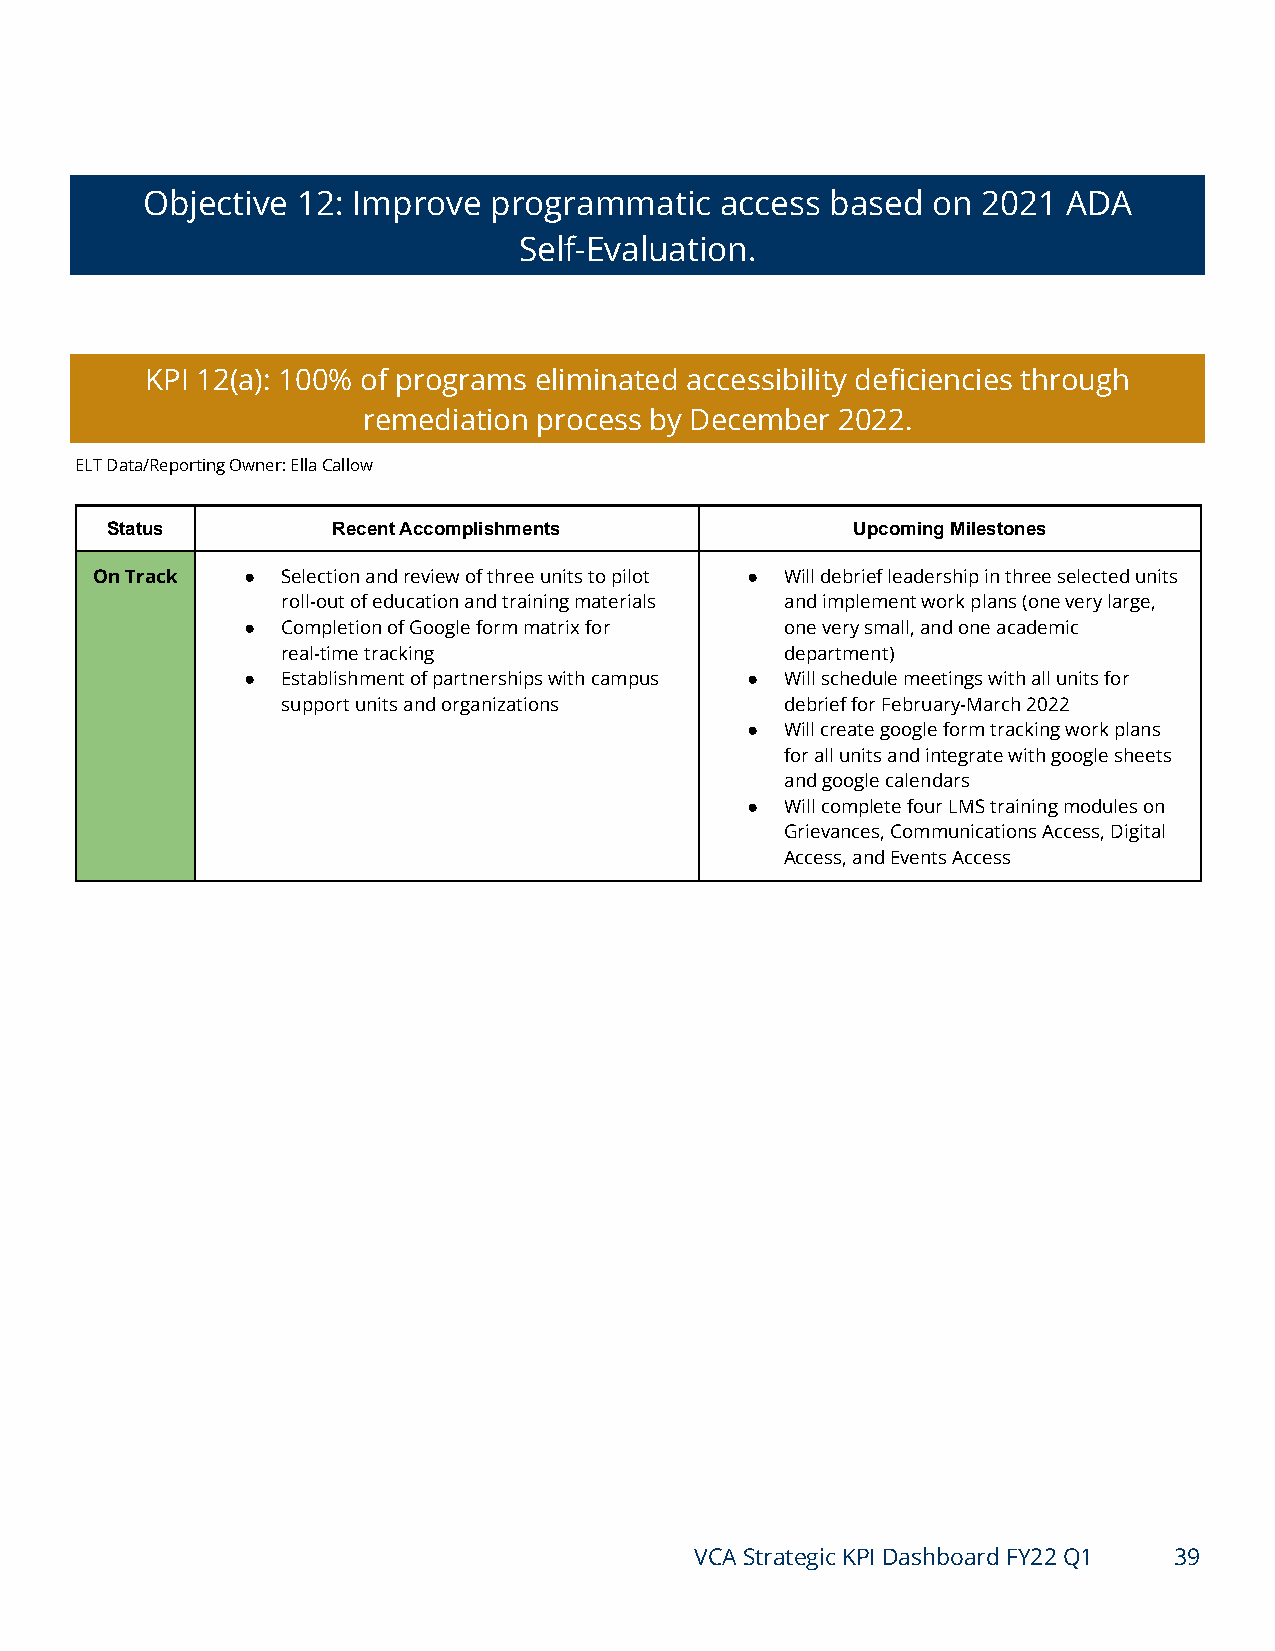
Objective  12: Improve programmatic    access based  on 2021  ADA
 Self-Evaluation.
 KPI 12(a): 100% of programs eliminated accessibility deficiencies through
 remediation process by December 2022.
 ELT Data/Reporting Owner: Ella Callow
 Status         Recent Accomplishments            Upcoming Milestones
 On Track  ●  Selection and review of three units to pilot ● Will debrief leadership in three selected units
 roll-out of education and training materials and implement work plans (one very large,
 ●  Completion of Google form matrix for one very small, and one academic
 real-time tracking               department)
 ●  Establishment of partnerships with campus ● Will schedule meetings with all units for
 support units and organizations  debrief for February-March 2022
 ●  Will create google form tracking work plans
 for all units and integrate with google sheets
 and google calendars
 ●  Will complete four LMS training modules on
 Grievances, Communications Access, Digital
 Access, and Events Access
 VCA Strategic KPI Dashboard FY22 Q1 39